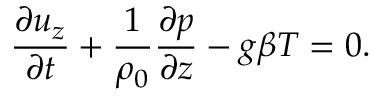
\frac { \partial u _ { z } } { \partial t } + \frac { 1 } { \rho _ { 0 } } \frac { \partial p } { \partial z } - g \beta T = 0 .